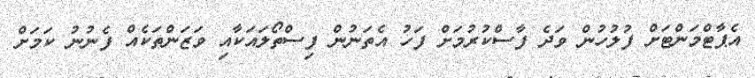
އެޕާޓްމަންޓަށް ފުލުހުން ވަދެ ފާސްކުރުމަށް ފަހު އެތަނުން ފިސްތޯލައަކާއި ވަޒަންތަކެއް ފެނުނު ކަމަށް